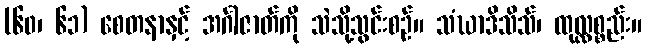
(၆၀၊ ၆၁) စေတနာနှင့် အင်္ဂါဇာတ်ကို သဲသို့သွင်းစဉ်။ သံဃာဒိသိသ်၊ ထုလ္လစ္စည်း။